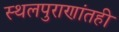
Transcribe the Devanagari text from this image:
स्थलपुराणांतही